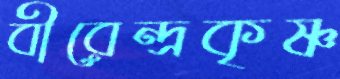
বীরেন্দ্রকৃষ্ণ